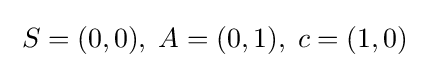
\;S=(0,0),\;A=(0,1),\;c=(1,0)\;